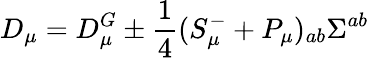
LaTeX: D_{\mu}=D_{\mu}^{G}\pm\frac 14(S_{\mu}^{-}+P_{\mu})_{ab}\Sigma^{ab}